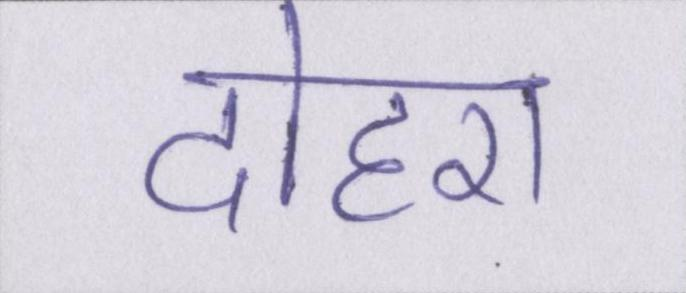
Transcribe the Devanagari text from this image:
दोहरा